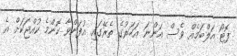
ފޮޓޯ އަލްބަމެއް ވެސް އަންނަ އަހަރުގެ ތެރޭގައި އުފަންވާ ކޮންމެ ކުއްޖަކަށް އެ